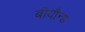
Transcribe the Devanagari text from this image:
बीयौन्ड